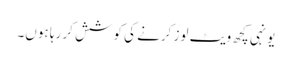
یونہی کچھ ویٹ لوز کرنے کی کوشش کر رہا ہوں۔